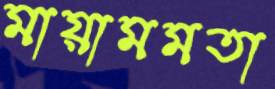
মায়ামমতা